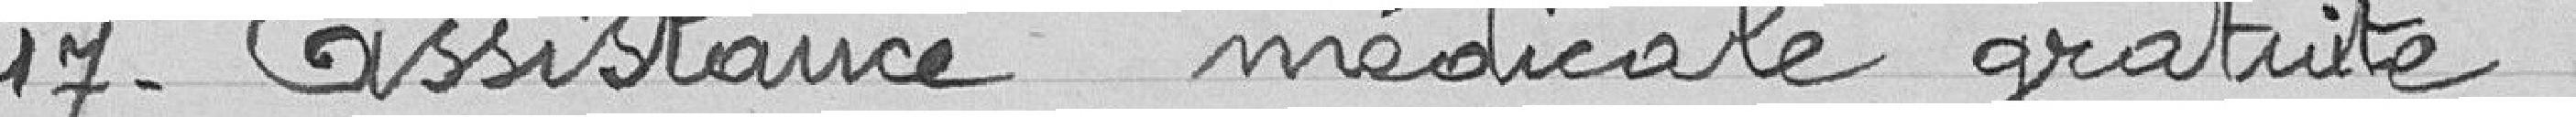
17- Assistance médicale gratuite